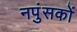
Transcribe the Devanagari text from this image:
नपुंसकों